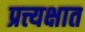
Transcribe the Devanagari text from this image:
प्रत्त्यक्षात